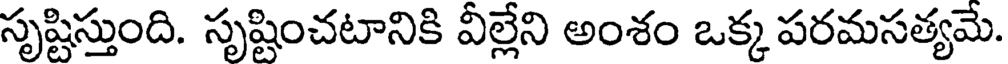
సృష్టిస్తుంది. సృష్టించటానికి వీల్లేని అంశం ఒక్క పరమసత్యమే.